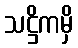
သဋ္ဌိကမှိ